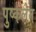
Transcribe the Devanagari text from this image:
पुष्कलेन